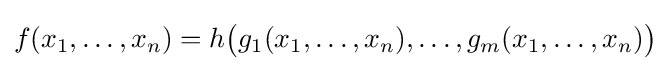
f(x_{1},\ldots ,x_{n})=h{\bigl (}g_{1}(x_{1},\ldots ,x_{n}),\ldots ,g_{m}(x_{1},\ldots ,x_{n}){\bigr )}